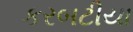
કરબટીયા